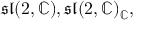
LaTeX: { \mathfrak { s l } } ( 2 , \mathbb { C } ) , { \mathfrak { s l } } ( 2 , \mathbb { C } ) _ { \mathbb { C } } ,